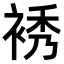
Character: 𧚘